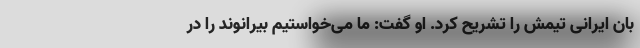
بان ایرانی تیمش را تشریح کرد. او گفت: ما می‌خواستیم بیرانوند را در